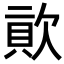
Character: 𣣬